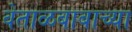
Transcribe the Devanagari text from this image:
वेताळबाबाच्या